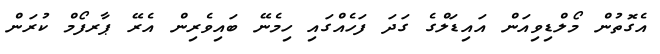
އެގޮތުން މޯލްޑިވިއަން އައިޑަލްގެ ގަދަ ފަހެއްގައި ހިމެނޭ ބައިވެރިން އެރޭ ޕާރފޯމް ކުރަން